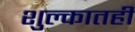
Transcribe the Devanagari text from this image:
शुल्कातही